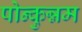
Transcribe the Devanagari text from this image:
पोन्कुन्नम